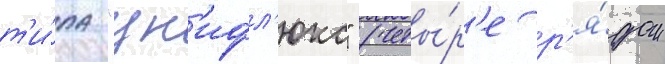
т'и́па "ун'ифл'юкс" (четы́р'е р'я́дом